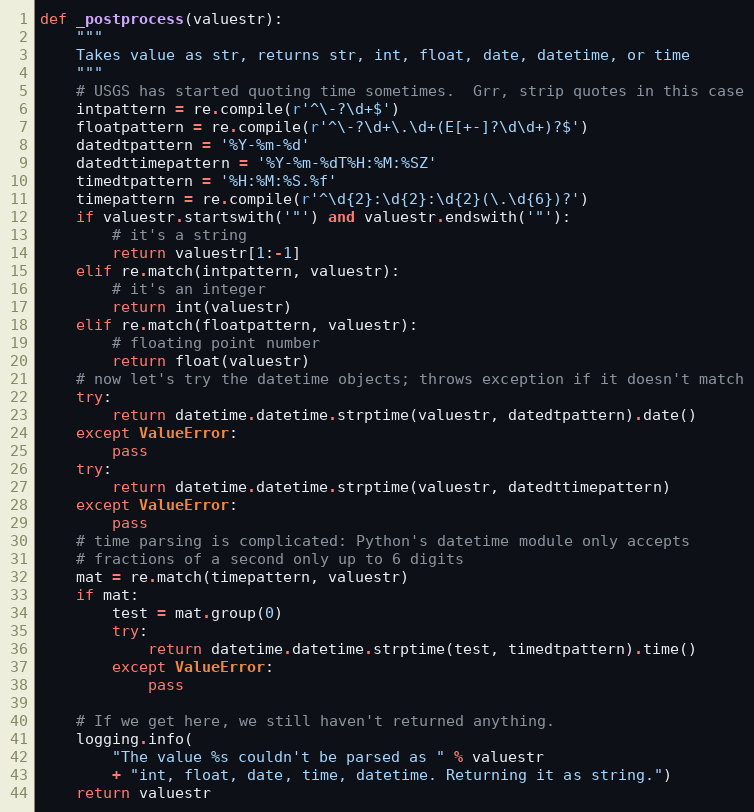
Language: Python
def _postprocess(valuestr):
    """
    Takes value as str, returns str, int, float, date, datetime, or time
    """
    # USGS has started quoting time sometimes.  Grr, strip quotes in this case
    intpattern = re.compile(r'^\-?\d+$')
    floatpattern = re.compile(r'^\-?\d+\.\d+(E[+-]?\d\d+)?$')
    datedtpattern = '%Y-%m-%d'
    datedttimepattern = '%Y-%m-%dT%H:%M:%SZ'
    timedtpattern = '%H:%M:%S.%f'
    timepattern = re.compile(r'^\d{2}:\d{2}:\d{2}(\.\d{6})?')
    if valuestr.startswith('"') and valuestr.endswith('"'):
        # it's a string
        return valuestr[1:-1]
    elif re.match(intpattern, valuestr):
        # it's an integer
        return int(valuestr)
    elif re.match(floatpattern, valuestr):
        # floating point number
        return float(valuestr)
    # now let's try the datetime objects; throws exception if it doesn't match
    try:
        return datetime.datetime.strptime(valuestr, datedtpattern).date()
    except ValueError:
        pass
    try:
        return datetime.datetime.strptime(valuestr, datedttimepattern)
    except ValueError:
        pass
    # time parsing is complicated: Python's datetime module only accepts
    # fractions of a second only up to 6 digits
    mat = re.match(timepattern, valuestr)
    if mat:
        test = mat.group(0)
        try:
            return datetime.datetime.strptime(test, timedtpattern).time()
        except ValueError:
            pass

    # If we get here, we still haven't returned anything.
    logging.info(
        "The value %s couldn't be parsed as " % valuestr
        + "int, float, date, time, datetime. Returning it as string.")
    return valuestr